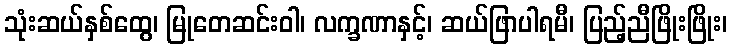
သုံးဆယ်နှစ်ထွေ၊ မြုတေဆင်းဝါ၊ လက္ခဏာနှင့်၊ ဆယ်ဖြာပါရမီ၊ ပြည့်ညီဖြိုးဖြိုး၊